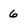
Character: 6